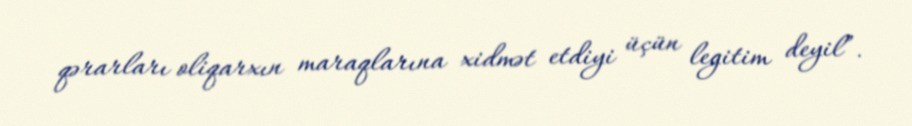
qərarları oliqarxın maraqlarına xidmət etdiyi üçün legitim deyil”.